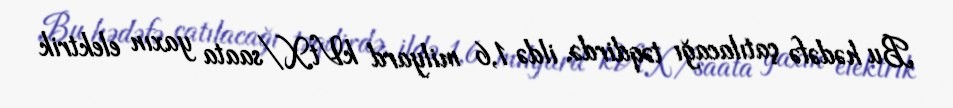
Bu hədəfə çatılacağı təqdirdə, ildə 1,6 milyard kVtX/saata yaxın elektrik